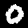
Digit: 0